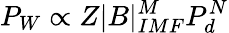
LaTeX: P_{W}\propto Z|B|_{IMF}^{M}P_{d}^{N}